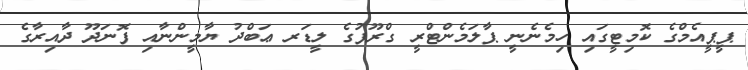
ޕީޕީއެމްގެ ކޮމިޓީގައި ހިމެނެނީ ޕާލަމެންޓްރީ ގްރޫޕުގެ ލީޑަރ ޢަބްދު ޔާމީންނާއި ފޮނަދޫ ދާއިރާގެ